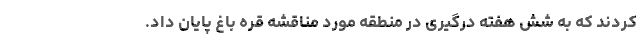
کردند که به شش هفته درگیری در منطقه مورد مناقشه قره باغ پایان داد.